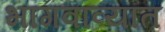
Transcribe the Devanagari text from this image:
भागवाव्यात